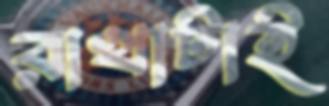
রাখাটাই